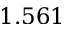
1 . 5 6 1